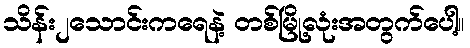
သိန်း၂သောင်းကရေနဲ့ တစ်မြို့လုံးအတွက်ပေါ့။